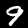
Label: 9